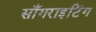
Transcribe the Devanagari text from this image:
साँगराइटिंग